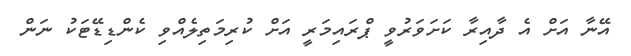
އޭނާ އަށް އެ ދާއިރާ ކަށަވަރުވީ ޕްރައިމަރީ އަށް ކުރިމަތިލެއްވި ކެންޑިޑޭޓަކު ނަން